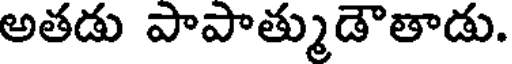
అతడు పాపాత్ముడౌతాడు.